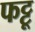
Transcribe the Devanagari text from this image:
फट्टू